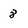
Character: 8